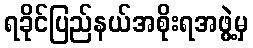
ရခိုင်ပြည်နယ်အစိုးရအဖွဲ့မှ